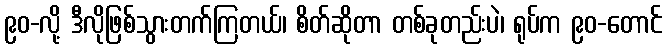
၉၀-လို့ ဒီလိုဖြစ်သွားတက်ကြတယ်၊ စိတ်ဆိုတာ တစ်ခုတည်းပဲ၊ ရုပ်က ၉၀-တောင်